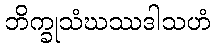
ဘိက္ခုသံဃဿဒါသဟံ